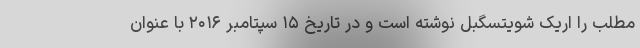
مطلب را اریک شویتسگِبِل نوشته است و در تاریخ ۱۵ سپتامبر ۲۰۱۶ با عنوان